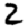
Digit: 2